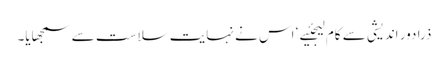
ذرا دور اندیشی سے کام لیجئیے ‘ اس نے نہایت سلاست سے سمجھایا۔